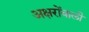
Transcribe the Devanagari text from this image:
अक्षरोंवाली